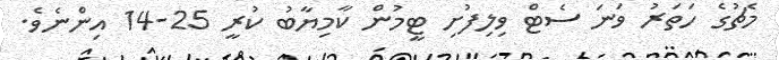
މެޗުގެ ހަތަރު ވަނަ ސެޓް ވިލިފުށި ޓީމުން ކާމިޔާބު ކުރީ 25-14 އިންނެވެ.